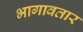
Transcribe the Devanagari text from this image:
भागावतार